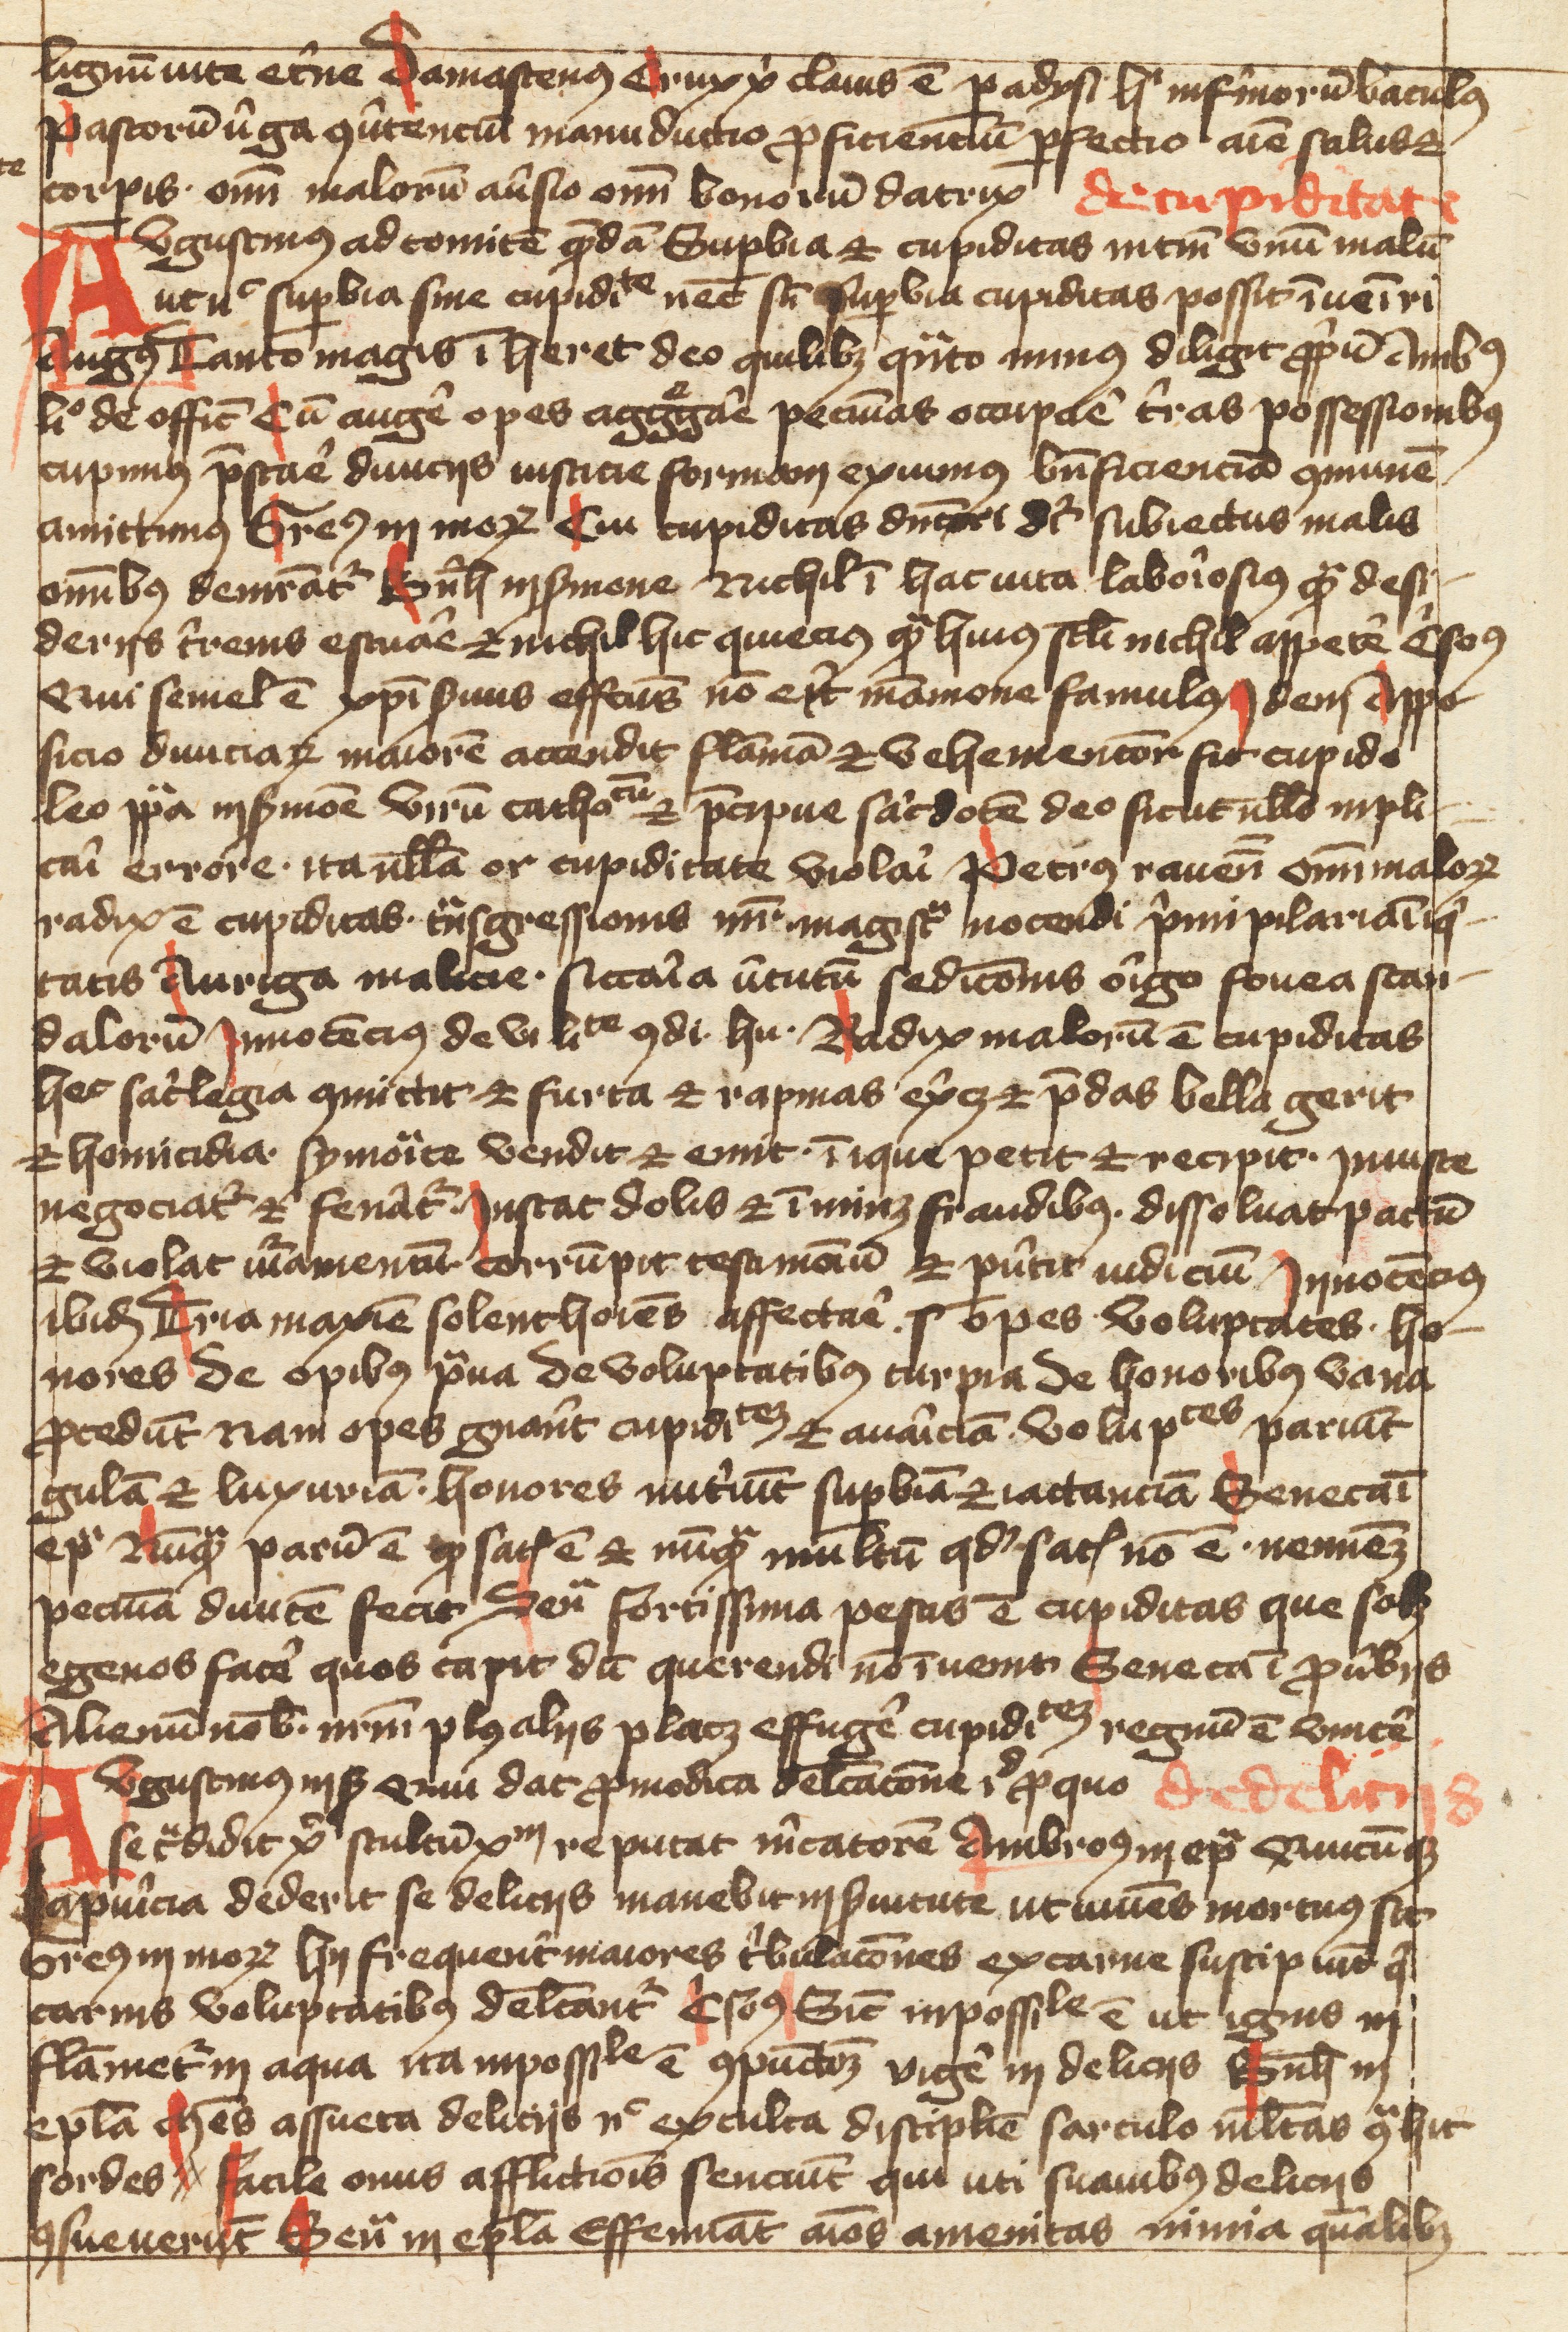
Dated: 1400–1499